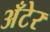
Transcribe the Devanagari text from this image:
अँटेर